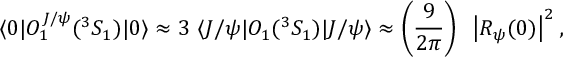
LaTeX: \langle 0 | O _ { 1 } ^ { J / \psi } ( ^ { 3 } S _ { 1 } ) | 0 \rangle \approx 3 ~ \langle J / \psi | O _ { 1 } ( ^ { 3 } S _ { 1 } ) | J / \psi \rangle \approx \left( { \frac { 9 } { 2 \pi } } \right) ~ \left| R _ { \psi } ( 0 ) \right| ^ { 2 } ,